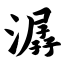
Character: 潺